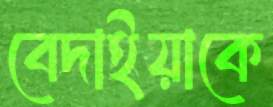
বেদাইয়াকে